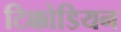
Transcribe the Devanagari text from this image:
टिक्कोडियन